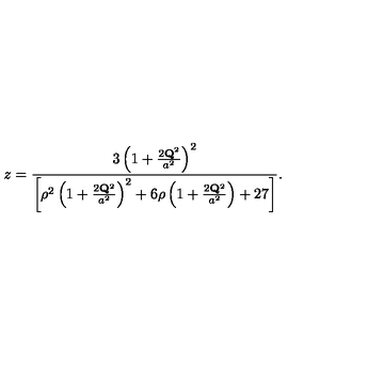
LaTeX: z = \frac { 3 \left( 1 + \frac { 2 { \bf Q } ^ { 2 } } { a ^ { 2 } } \right) ^ { 2 } } { \left[ \rho ^ { 2 } \left( 1 + \frac { 2 { \bf Q } ^ { 2 } } { a ^ { 2 } } \right) ^ { 2 } + 6 \rho \left( 1 + \frac { 2 { \bf Q } ^ { 2 } } { a ^ { 2 } } \right) + 2 7 \right] } .